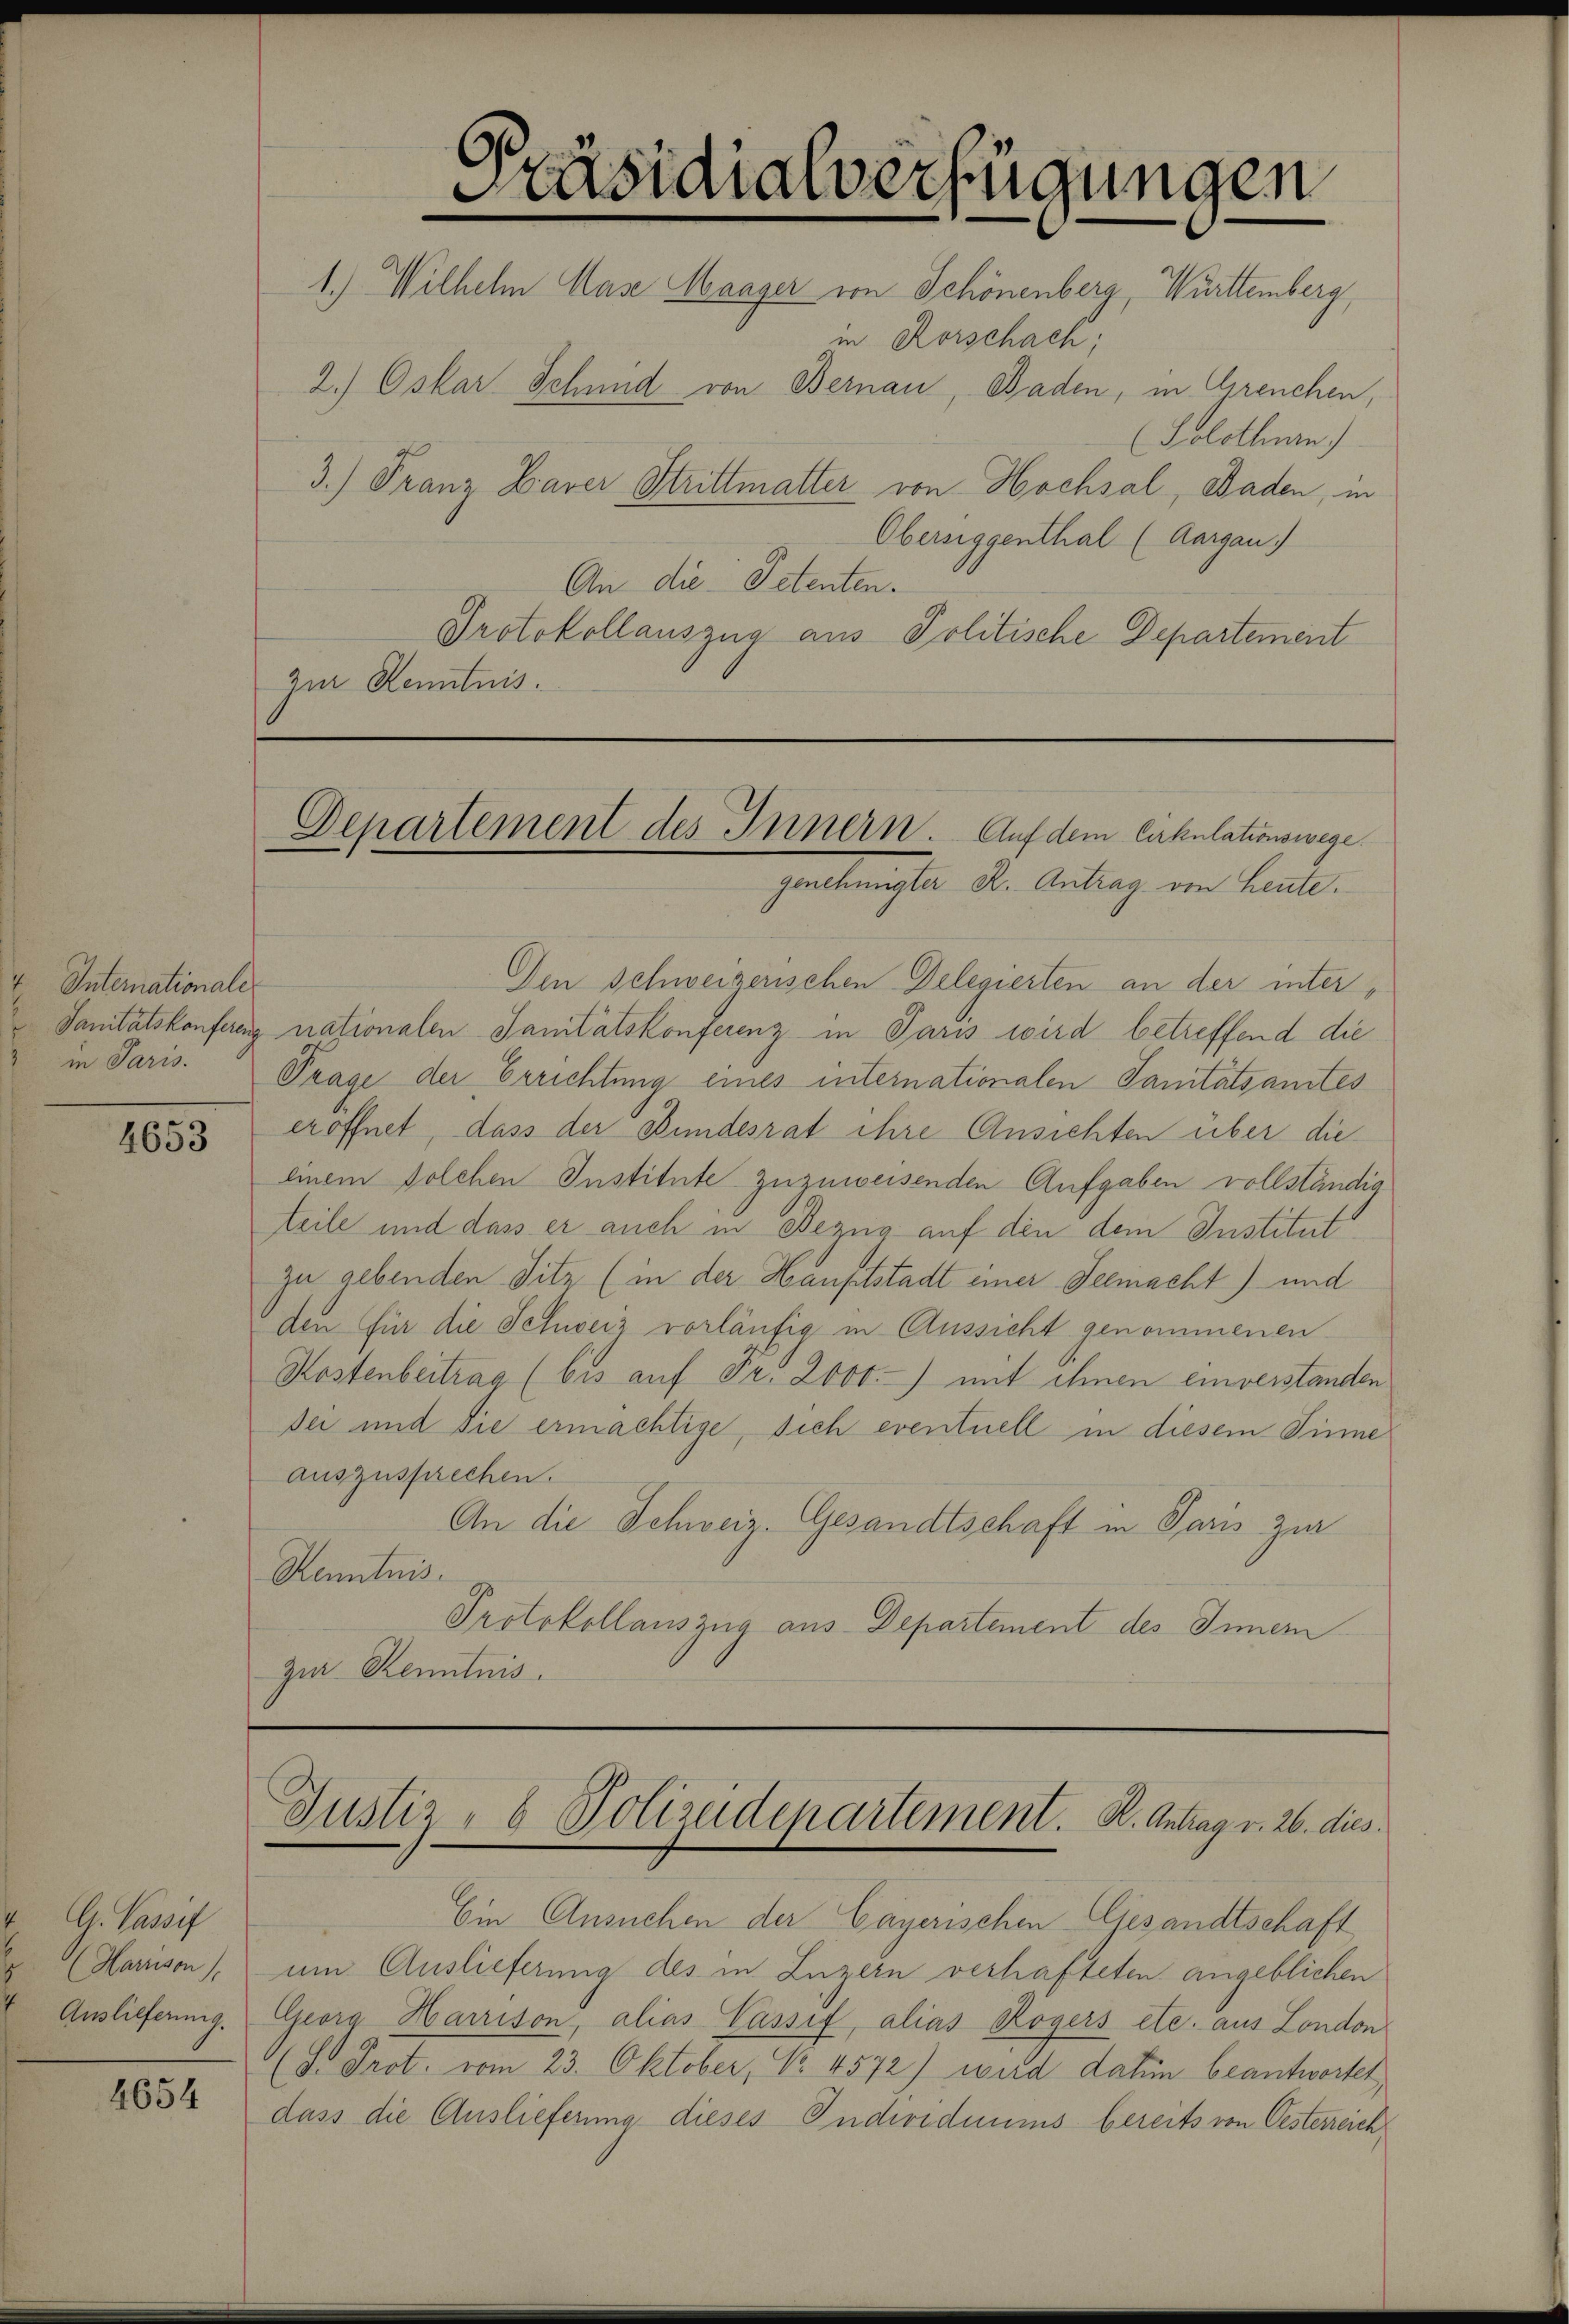
Internationale
in Paris.

4653

G. Tarif
Harison).
Auslieferung.

4654

Präsidialverfügungen
1.) Wilhelm Gase Maager von Schönenberg, Württemberg,
in Rorschach;
2.) Oskar Schmid von Bernau, Baden, in Grenchen,

(Solothurn.)
3.) Franz Barer Strittmatter von Hochsal, Baden, in
Obersiggenthal (Aargau)
An die Petenten.
Protokollauszug aus Politische Departement
zur Kenntnis.

Departement des Innern. Auf dem Cirkulationswege
Gentmeister Dr. Antrag von Leute.

Den Schweizerischen Delegierten an der inter¬
Sanitätskonfereng nationalen Janitätskonferenz in Paris wird betreffend die
Trage der Errichtung eines internationalen Sanitätsamtes
eröffnet, dass der Bundesrat ihre Ansichten über die
einem solchen Institute zuzuweisenden Aufgaben vollständig
teile und dass er auch in Bezug auf den dem Institut
zu, gebenden Sitz (in der Hauptstadt einer Seemacht) und
den für die Schweiz vorläufig in Aussicht genommenen
Kostenbeitrag (bis auf Fr. 2000.-) mit ihmen einverstanden
Dei und die ermächtige, sich eventuell in diesem Sinne
auszusprechen.
An die Schweiz. Gesandtschaft in Paris zur
Kenntnis.
Protokollauszug aus Departement des Inner
zur Kenntnis.

Justiz- & Polizeidepartement. K. Antrag v. 26. dies

Ein Ansuchen der Cayerischen Gesandtschaft
um Auslieferung des in Luzern verhafteten angeblichen
Georg Harrison, alias Cassif, alias Rogers etc. aus London
(L. Prot. vom 23. Oktober, No. 4572) wird dahin beantwortet,
dass die Auslieferung dieses Individuums bereits von Oesterreich